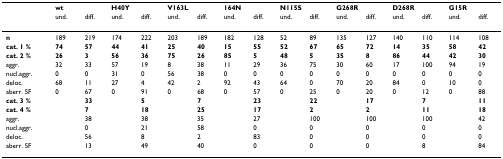
|  | <COLSPAN=2> wt | <COLSPAN=2> H40Y | <COLSPAN=2> V163L | <COLSPAN=2> 164N | <COLSPAN=2> N115S | <COLSPAN=2> G268R | <COLSPAN=2> D268R | <COLSPAN=2> G15R |
 |  | und. | diff. | und. | diff. | und. | diff. | und. | diff. | und. | diff. | und. | diff. | und. | diff. | und. | diff. |
 | --- | --- | --- | --- | --- | --- | --- | --- | --- | --- | --- | --- | --- | --- | --- | --- | --- |
 | n | 189 | 219 | 174 | 222 | 203 | 189 | 182 | 128 | 52 | 89 | 135 | 127 | 140 | 110 | 114 | 108 |
 | cat. 1 % | 74 | 57 | 44 | 41 | 25 | 40 | 15 | 55 | 52 | 67 | 65 | 72 | 14 | 35 | 58 | 42 |
 | cat. 2 % | 26 | 3 | 56 | 36 | 75 | 26 | 85 | 5 | 48 | 5 | 35 | 8 | 86 | 44 | 42 | 30 |
 | aggr. | 32 | 33 | 57 | 19 | 8 | 38 | 11 | 29 | 36 | 75 | 30 | 60 | 17 | 100 | 94 | 19 |
 | nucl.aggr. | 0 | 0 | 31 | 0 | 56 | 38 | 0 | 0 | 0 | 0 | 0 | 0 | 0 | 0 | 0 | 0 |
 | deloc. | 68 | 11 | 27 | 4 | 42 | 2 | 92 | 43 | 64 | 0 | 70 | 20 | 84 | 0 | 10 | 0 |
 | aberr. SF | 0 | 67 | 0 | 91 | 0 | 68 | 0 | 57 | 0 | 25 | 0 | 20 | 0 | 12 | 0 | 88 |
 | cat. 3 % |  | 33 |  | 5 |  | 7 |  | 23 |  | 22 |  | 17 |  | 7 |  | 11 |
 | cat. 4 % |  | 7 |  | 18 |  | 25 |  | 17 |  | 2 |  | 2 |  | 11 |  | 18 |
 | aggr. |  | 38 |  | 38 |  | 35 |  | 27 |  | 100 |  | 100 |  | 100 |  | 42 |
 | nucl.aggr. |  | 0 |  | 21 |  | 58 |  | 0 |  | 0 |  | 0 |  | 0 |  | 0 |
 | deloc. |  | 56 |  | 8 |  | 2 |  | 83 |  | 0 |  | 0 |  | 0 |  | 0 |
 | aberr. SF |  | 13 |  | 49 |  | 40 |  | 0 |  | 0 |  | 0 |  | 8 |  | 84 |